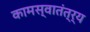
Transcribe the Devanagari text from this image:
कामस्वातंत्र्य